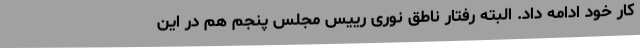
کار خود ادامه داد. البته رفتار ناطق نوری رییس مجلس پنجم هم در این